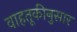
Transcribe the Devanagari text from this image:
वाहतूकीनुसार